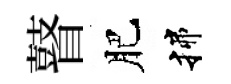
瞽肥揲